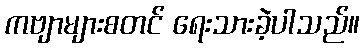
ကဗျာများစတင် ရေးသားခဲ့ပါသည်။